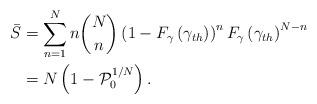
LaTeX: \begin{align*}\bar{S}&=\sum_{n=1}^Nn\binom{N}{n}\left(1-F_{\gamma}\left(\gamma_{th}\right)\right)^nF_{\gamma}\left(\gamma_{th}\right)^{N-n} \\&=N\left(1-\mathcal{P}_0^{1/N}\right).\end{align*}